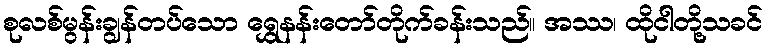
စုလစ်မွန်းချွန်တပ်သော ရွှေနန်းတော်တိုက်ခန်းသည်။ အဿ၊ ထိုငါတို့သခင်